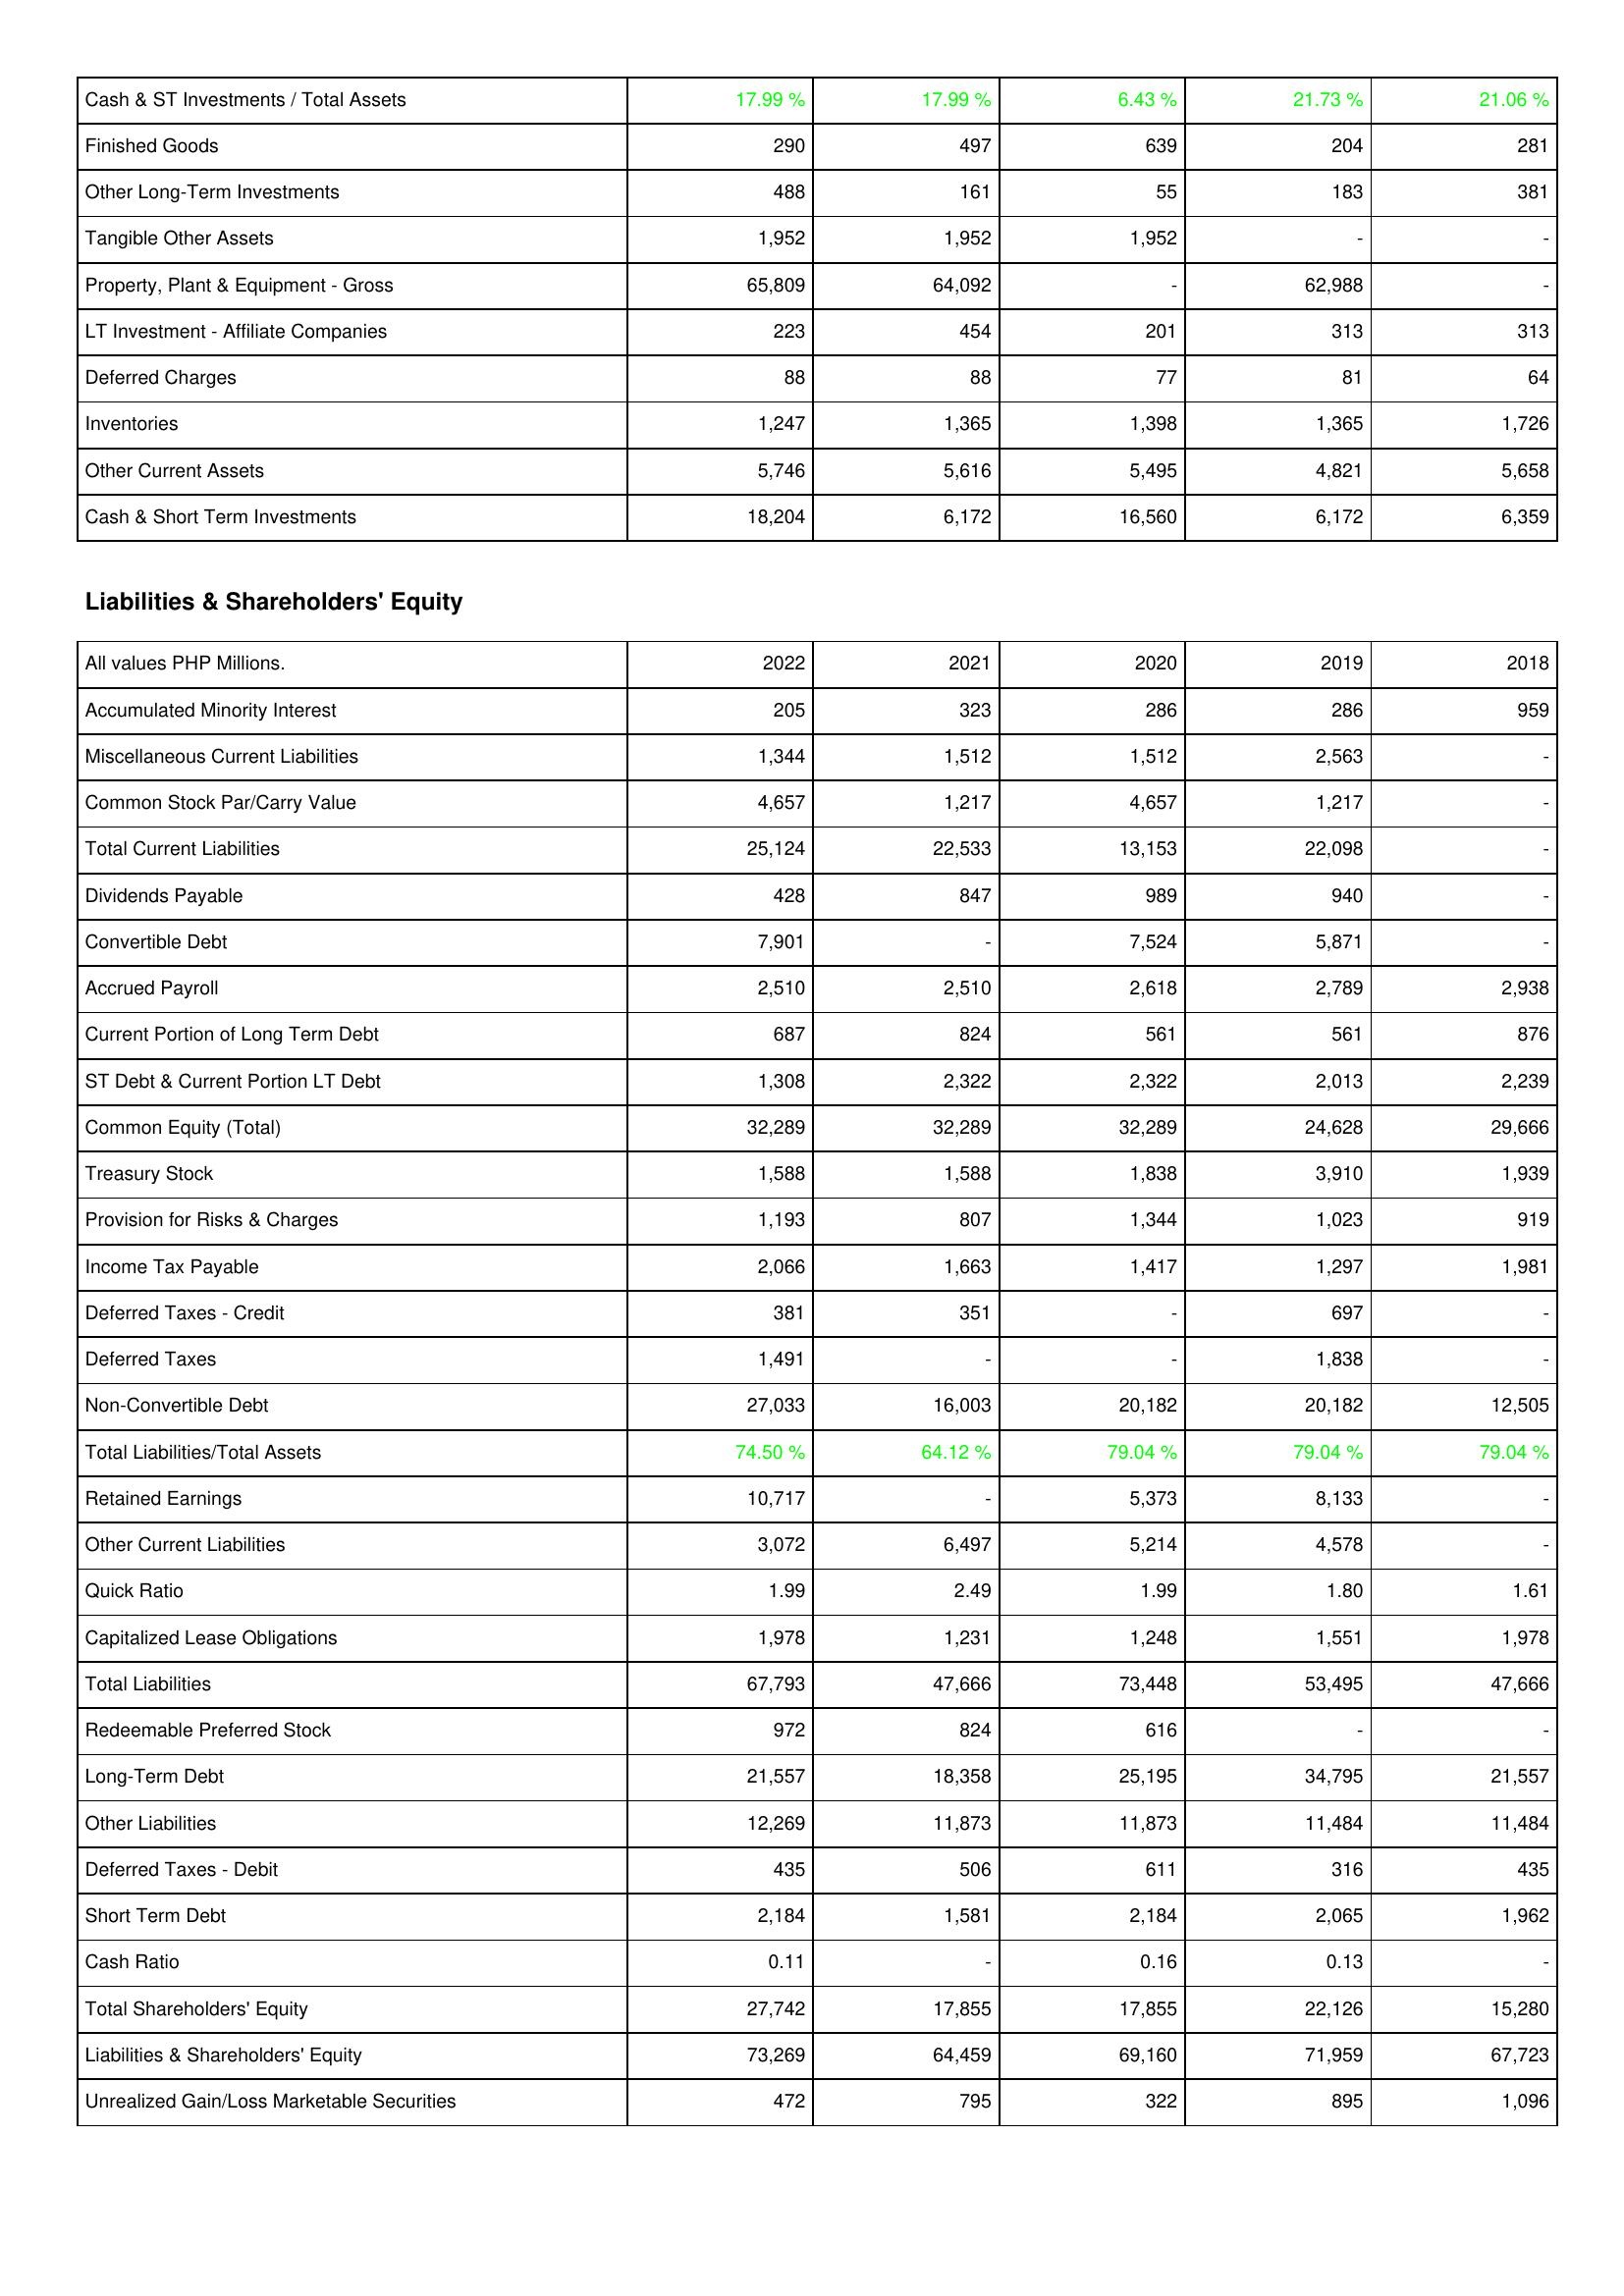
2022: Assets: Cash & ST Investments / Total Assets: 17.99 %
Finished Goods: 290
Other Long-Term Investments: 488
Tangible Other Assets: 1,952
Property, Plant & Equipment - Gross: 65,809
LT Investment - Affiliate Companies: 223
Deferred Charges: 88
Inventories: 1,247
Other Current Assets: 5,746
Cash & Short Term Investments: 18,204
Liabilities & Shareholders' Equity: Accumulated Minority Interest: 205
Miscellaneous Current Liabilities: 1,344
Common Stock Par/Carry Value: 4,657
Total Current Liabilities: 25,124
Dividends Payable: 428
Convertible Debt: 7,901
Accrued Payroll: 2,510
Current Portion of Long Term Debt: 687
ST Debt & Current Portion LT Debt: 1,308
Common Equity (Total): 32,289
Treasury Stock: 1,588
Provision for Risks & Charges: 1,193
Income Tax Payable: 2,066
Deferred Taxes - Credit: 381
Deferred Taxes: 1,491
Non-Convertible Debt: 27,033
Total Liabilities/Total Assets: 74.50 %
Retained Earnings: 10,717
Other Current Liabilities: 3,072
Quick Ratio: 1.99
Capitalized Lease Obligations: 1,978
Total Liabilities: 67,793
Redeemable Preferred Stock: 972
Long-Term Debt: 21,557
Other Liabilities: 12,269
Deferred Taxes - Debit: 435
Short Term Debt: 2,184
Cash Ratio: 0.11
Total Shareholders' Equity: 27,742
Liabilities & Shareholders' Equity: 73,269
Unrealized Gain/Loss Marketable Securities: 472
2021: Assets: Cash & ST Investments / Total Assets: 17.99 %
Finished Goods: 497
Other Long-Term Investments: 161
Tangible Other Assets: 1,952
Property, Plant & Equipment - Gross: 64,092
LT Investment - Affiliate Companies: 454
Deferred Charges: 88
Inventories: 1,365
Other Current Assets: 5,616
Cash & Short Term Investments: 6,172
Liabilities & Shareholders' Equity: Accumulated Minority Interest: 323
Miscellaneous Current Liabilities: 1,512
Common Stock Par/Carry Value: 1,217
Total Current Liabilities: 22,533
Dividends Payable: 847
Convertible Debt: -
Accrued Payroll: 2,510
Current Portion of Long Term Debt: 824
ST Debt & Current Portion LT Debt: 2,322
Common Equity (Total): 32,289
Treasury Stock: 1,588
Provision for Risks & Charges: 807
Income Tax Payable: 1,663
Deferred Taxes - Credit: 351
Deferred Taxes: -
Non-Convertible Debt: 16,003
Total Liabilities/Total Assets: 64.12 %
Retained Earnings: -
Other Current Liabilities: 6,497
Quick Ratio: 2.49
Capitalized Lease Obligations: 1,231
Total Liabilities: 47,666
Redeemable Preferred Stock: 824
Long-Term Debt: 18,358
Other Liabilities: 11,873
Deferred Taxes - Debit: 506
Short Term Debt: 1,581
Cash Ratio: -
Total Shareholders' Equity: 17,855
Liabilities & Shareholders' Equity: 64,459
Unrealized Gain/Loss Marketable Securities: 795
2020: Assets: Cash & ST Investments / Total Assets: 6.43 %
Finished Goods: 639
Other Long-Term Investments: 55
Tangible Other Assets: 1,952
Property, Plant & Equipment - Gross: -
LT Investment - Affiliate Companies: 201
Deferred Charges: 77
Inventories: 1,398
Other Current Assets: 5,495
Cash & Short Term Investments: 16,560
Liabilities & Shareholders' Equity: Accumulated Minority Interest: 286
Miscellaneous Current Liabilities: 1,512
Common Stock Par/Carry Value: 4,657
Total Current Liabilities: 13,153
Dividends Payable: 989
Convertible Debt: 7,524
Accrued Payroll: 2,618
Current Portion of Long Term Debt: 561
ST Debt & Current Portion LT Debt: 2,322
Common Equity (Total): 32,289
Treasury Stock: 1,838
Provision for Risks & Charges: 1,344
Income Tax Payable: 1,417
Deferred Taxes - Credit: -
Deferred Taxes: -
Non-Convertible Debt: 20,182
Total Liabilities/Total Assets: 79.04 %
Retained Earnings: 5,373
Other Current Liabilities: 5,214
Quick Ratio: 1.99
Capitalized Lease Obligations: 1,248
Total Liabilities: 73,448
Redeemable Preferred Stock: 616
Long-Term Debt: 25,195
Other Liabilities: 11,873
Deferred Taxes - Debit: 611
Short Term Debt: 2,184
Cash Ratio: 0.16
Total Shareholders' Equity: 17,855
Liabilities & Shareholders' Equity: 69,160
Unrealized Gain/Loss Marketable Securities: 322
2019: Assets: Cash & ST Investments / Total Assets: 21.73 %
Finished Goods: 204
Other Long-Term Investments: 183
Tangible Other Assets: -
Property, Plant & Equipment - Gross: 62,988
LT Investment - Affiliate Companies: 313
Deferred Charges: 81
Inventories: 1,365
Other Current Assets: 4,821
Cash & Short Term Investments: 6,172
Liabilities & Shareholders' Equity: Accumulated Minority Interest: 286
Miscellaneous Current Liabilities: 2,563
Common Stock Par/Carry Value: 1,217
Total Current Liabilities: 22,098
Dividends Payable: 940
Convertible Debt: 5,871
Accrued Payroll: 2,789
Current Portion of Long Term Debt: 561
ST Debt & Current Portion LT Debt: 2,013
Common Equity (Total): 24,628
Treasury Stock: 3,910
Provision for Risks & Charges: 1,023
Income Tax Payable: 1,297
Deferred Taxes - Credit: 697
Deferred Taxes: 1,838
Non-Convertible Debt: 20,182
Total Liabilities/Total Assets: 79.04 %
Retained Earnings: 8,133
Other Current Liabilities: 4,578
Quick Ratio: 1.80
Capitalized Lease Obligations: 1,551
Total Liabilities: 53,495
Redeemable Preferred Stock: -
Long-Term Debt: 34,795
Other Liabilities: 11,484
Deferred Taxes - Debit: 316
Short Term Debt: 2,065
Cash Ratio: 0.13
Total Shareholders' Equity: 22,126
Liabilities & Shareholders' Equity: 71,959
Unrealized Gain/Loss Marketable Securities: 895
2018: Assets: Cash & ST Investments / Total Assets: 21.06 %
Finished Goods: 281
Other Long-Term Investments: 381
Tangible Other Assets: -
Property, Plant & Equipment - Gross: -
LT Investment - Affiliate Companies: 313
Deferred Charges: 64
Inventories: 1,726
Other Current Assets: 5,658
Cash & Short Term Investments: 6,359
Liabilities & Shareholders' Equity: Accumulated Minority Interest: 959
Miscellaneous Current Liabilities: -
Common Stock Par/Carry Value: -
Total Current Liabilities: -
Dividends Payable: -
Convertible Debt: -
Accrued Payroll: 2,938
Current Portion of Long Term Debt: 876
ST Debt & Current Portion LT Debt: 2,239
Common Equity (Total): 29,666
Treasury Stock: 1,939
Provision for Risks & Charges: 919
Income Tax Payable: 1,981
Deferred Taxes - Credit: -
Deferred Taxes: -
Non-Convertible Debt: 12,505
Total Liabilities/Total Assets: 79.04 %
Retained Earnings: -
Other Current Liabilities: -
Quick Ratio: 1.61
Capitalized Lease Obligations: 1,978
Total Liabilities: 47,666
Redeemable Preferred Stock: -
Long-Term Debt: 21,557
Other Liabilities: 11,484
Deferred Taxes - Debit: 435
Short Term Debt: 1,962
Cash Ratio: -
Total Shareholders' Equity: 15,280
Liabilities & Shareholders' Equity: 67,723
Unrealized Gain/Loss Marketable Securities: 1,096